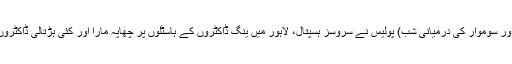
گزشتہ شب (اتوار اور سوموار کی درمیانی شب) پولیس نے سروسز ہسپتال، لاہور میں ینگ ڈاکٹروں کے ہاسٹلوں پر چھاپہ مارا اور کئی ہڑتالی ڈاکٹروں کو گرفتار کر لیا۔